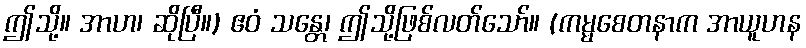
ဤသို့။ အာဟ၊ ဆိုပြီ။) ဧဝံ သန္တေ၊ ဤသို့ဖြစ်လတ်သော်။ (ကမ္မစေတနာက အာယူဟန